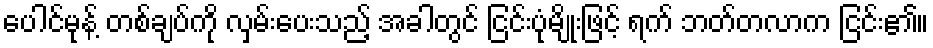
ပေါင်မုန့် တစ်ချပ်ကို လှမ်းပေးသည့် အခါတွင် ငြင်းပုံမျိုးဖြင့် ရက် ဘတ်တလာက ငြင်း၏။